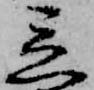
立